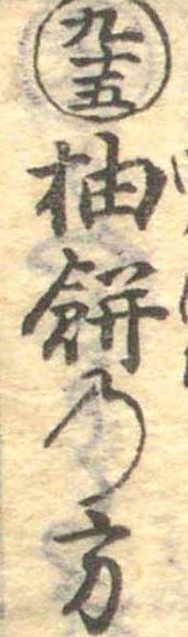
九十五柚餅の方